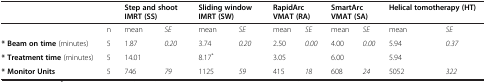
<table><thead><tr><td><b> </b></td><td><b> </b></td><td colspan="2"><b>Step and shoot IMRT (SS)</b></td><td colspan="2"><b>Sliding window IMRT (SW)</b></td><td colspan="2"><b>RapidArc VMAT (RA)</b></td><td colspan="2"><b>SmartArc VMAT (SA)</b></td><td colspan="2"><b>Helical tomotherapy (HT)</b></td></tr></thead><tbody><tr><td> </td><td>n</td><td>mean</td><td><i>SE</i></td><td>mean</td><td><i>SE</i></td><td>mean</td><td><i>SE</i></td><td>mean</td><td><i>SE</i></td><td>mean</td><td><i>SE</i></td></tr><tr><td><b>* Beam on time</b> (minutes)</td><td>5</td><td>1.87</td><td><i>0.20</i></td><td>3.74</td><td><i>0.20</i></td><td>2.50</td><td><i>0.00</i></td><td>4.00</td><td><i>0.00</i></td><td>5.94</td><td><i>0.37</i></td></tr><tr><td><b>* Treatment time</b> (minutes)</td><td>5</td><td>14.01</td><td> </td><td>8.17<sup>*</sup></td><td> </td><td>3.05</td><td> </td><td>6.00</td><td> </td><td>5.94</td><td> </td></tr><tr><td><b>* Monitor Units</b></td><td>5</td><td>746</td><td><i>79</i></td><td>1125</td><td><i>59</i></td><td>415</td><td><i>18</i></td><td>608</td><td><i>24</i></td><td>5052</td><td><i>322</i></td></tr></tbody></table>